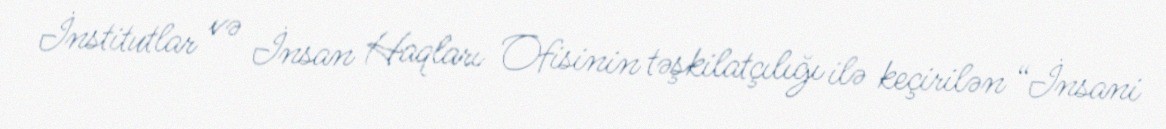
İnstitutlar və İnsan Haqları Ofisinin təşkilatçılığı ilə keçirilən “İnsani